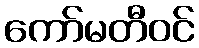
ကော်မတီဝင်